Civil Veterinary Dept. Bombay admin report 1900-1906 - 1900-1906
Year: 1900
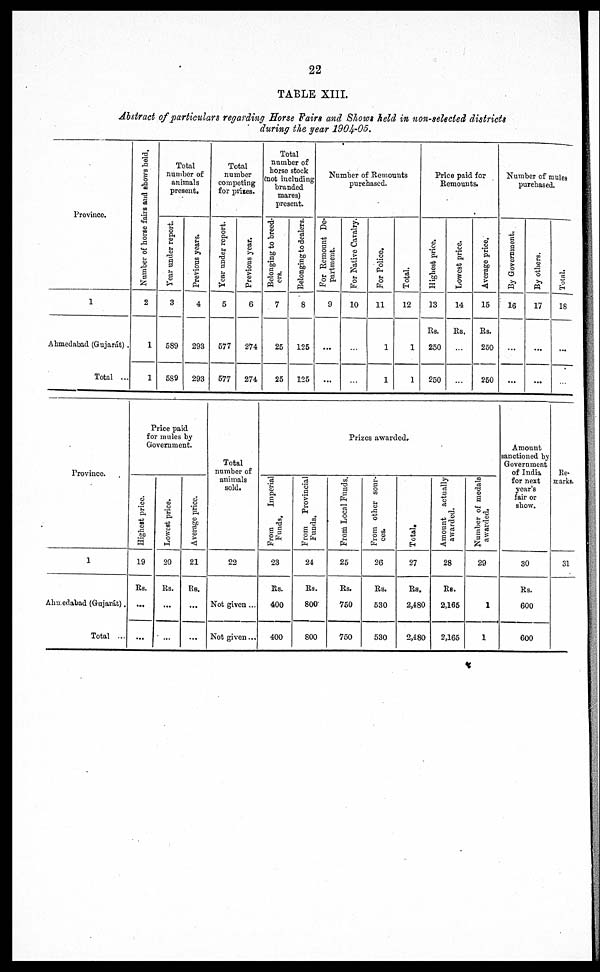
22
TABLE XIII.
Abstract of particulars regarding Horse Fairs and Shows held in non-selected districts
during the year 1904-05.
Province.
1
Ahmedabad (Gujarát).
Total ...
Number of horse fairs and shows held.
2
1
1
Total
number of
animals
present.
Year under report.
3
589
589
Previous years.
4
293
293
Total
number
competing
for prises.
Year under report.
5
577
577
Previous year.
6
274
274
Total
number of
horse stock
(not including
branded
mares)
present.
Belonging to breed-
ers.
7
25
25
Belonging to dealers.
8
125
125
Number of Remounts
purchased.
For Remount De-
partment.
9
...
...
For Native Cavalry.
10
For Police.
11
1
1
Total.
12
1
1
Price paid for
Remounts.
Highest price.
13
Rs.
250
250
Lowest price.
14
Rs.
Average price.
15
Rs.
260
250
Number of mules
purchased.
By Government.
16
...
...
By others.
17
...
...
Total.
18
...
Province.
1
Ahmedabad (Gujarát).
Total ...
Price paid
for mules by
Government
Hi ghes t price.
19
Rs.
...
...
Lowe s t price.
20
Rs.
...
...
Ave r
a ge price.
21
Rs.
...
...
Total
number of
animals
sold.
22
Not given ...
Not given...
Prizes awarded*
From
Imperial
Funds.
23
Rs.
400
400
From
Provincial
Funds.
24
Rs.
800
800
From
Local Funds.
25
Rs.
750
750
From other sour-
ces.
26
Rs.
530
530
Total.
27
Rs.
2,480
2,480
Amount actually
awarded.
28
Rs.
2,165
2,165
Number of medals
awarded.
29
1
1
Amount
sanctioned by
Government
of India
for next
year's
fair or
show.
30
Rs.
600
600
Re-
marks.
31